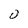
Character: 0